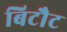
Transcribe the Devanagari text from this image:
बिटौट